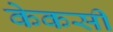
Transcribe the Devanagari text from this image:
केकसी